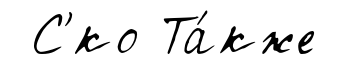
С'́ко Та́кже